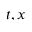
t , x